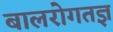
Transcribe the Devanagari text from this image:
बालरोगतज्ञ